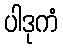
ပါဒုကံ